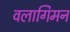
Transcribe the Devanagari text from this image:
वलागिमन